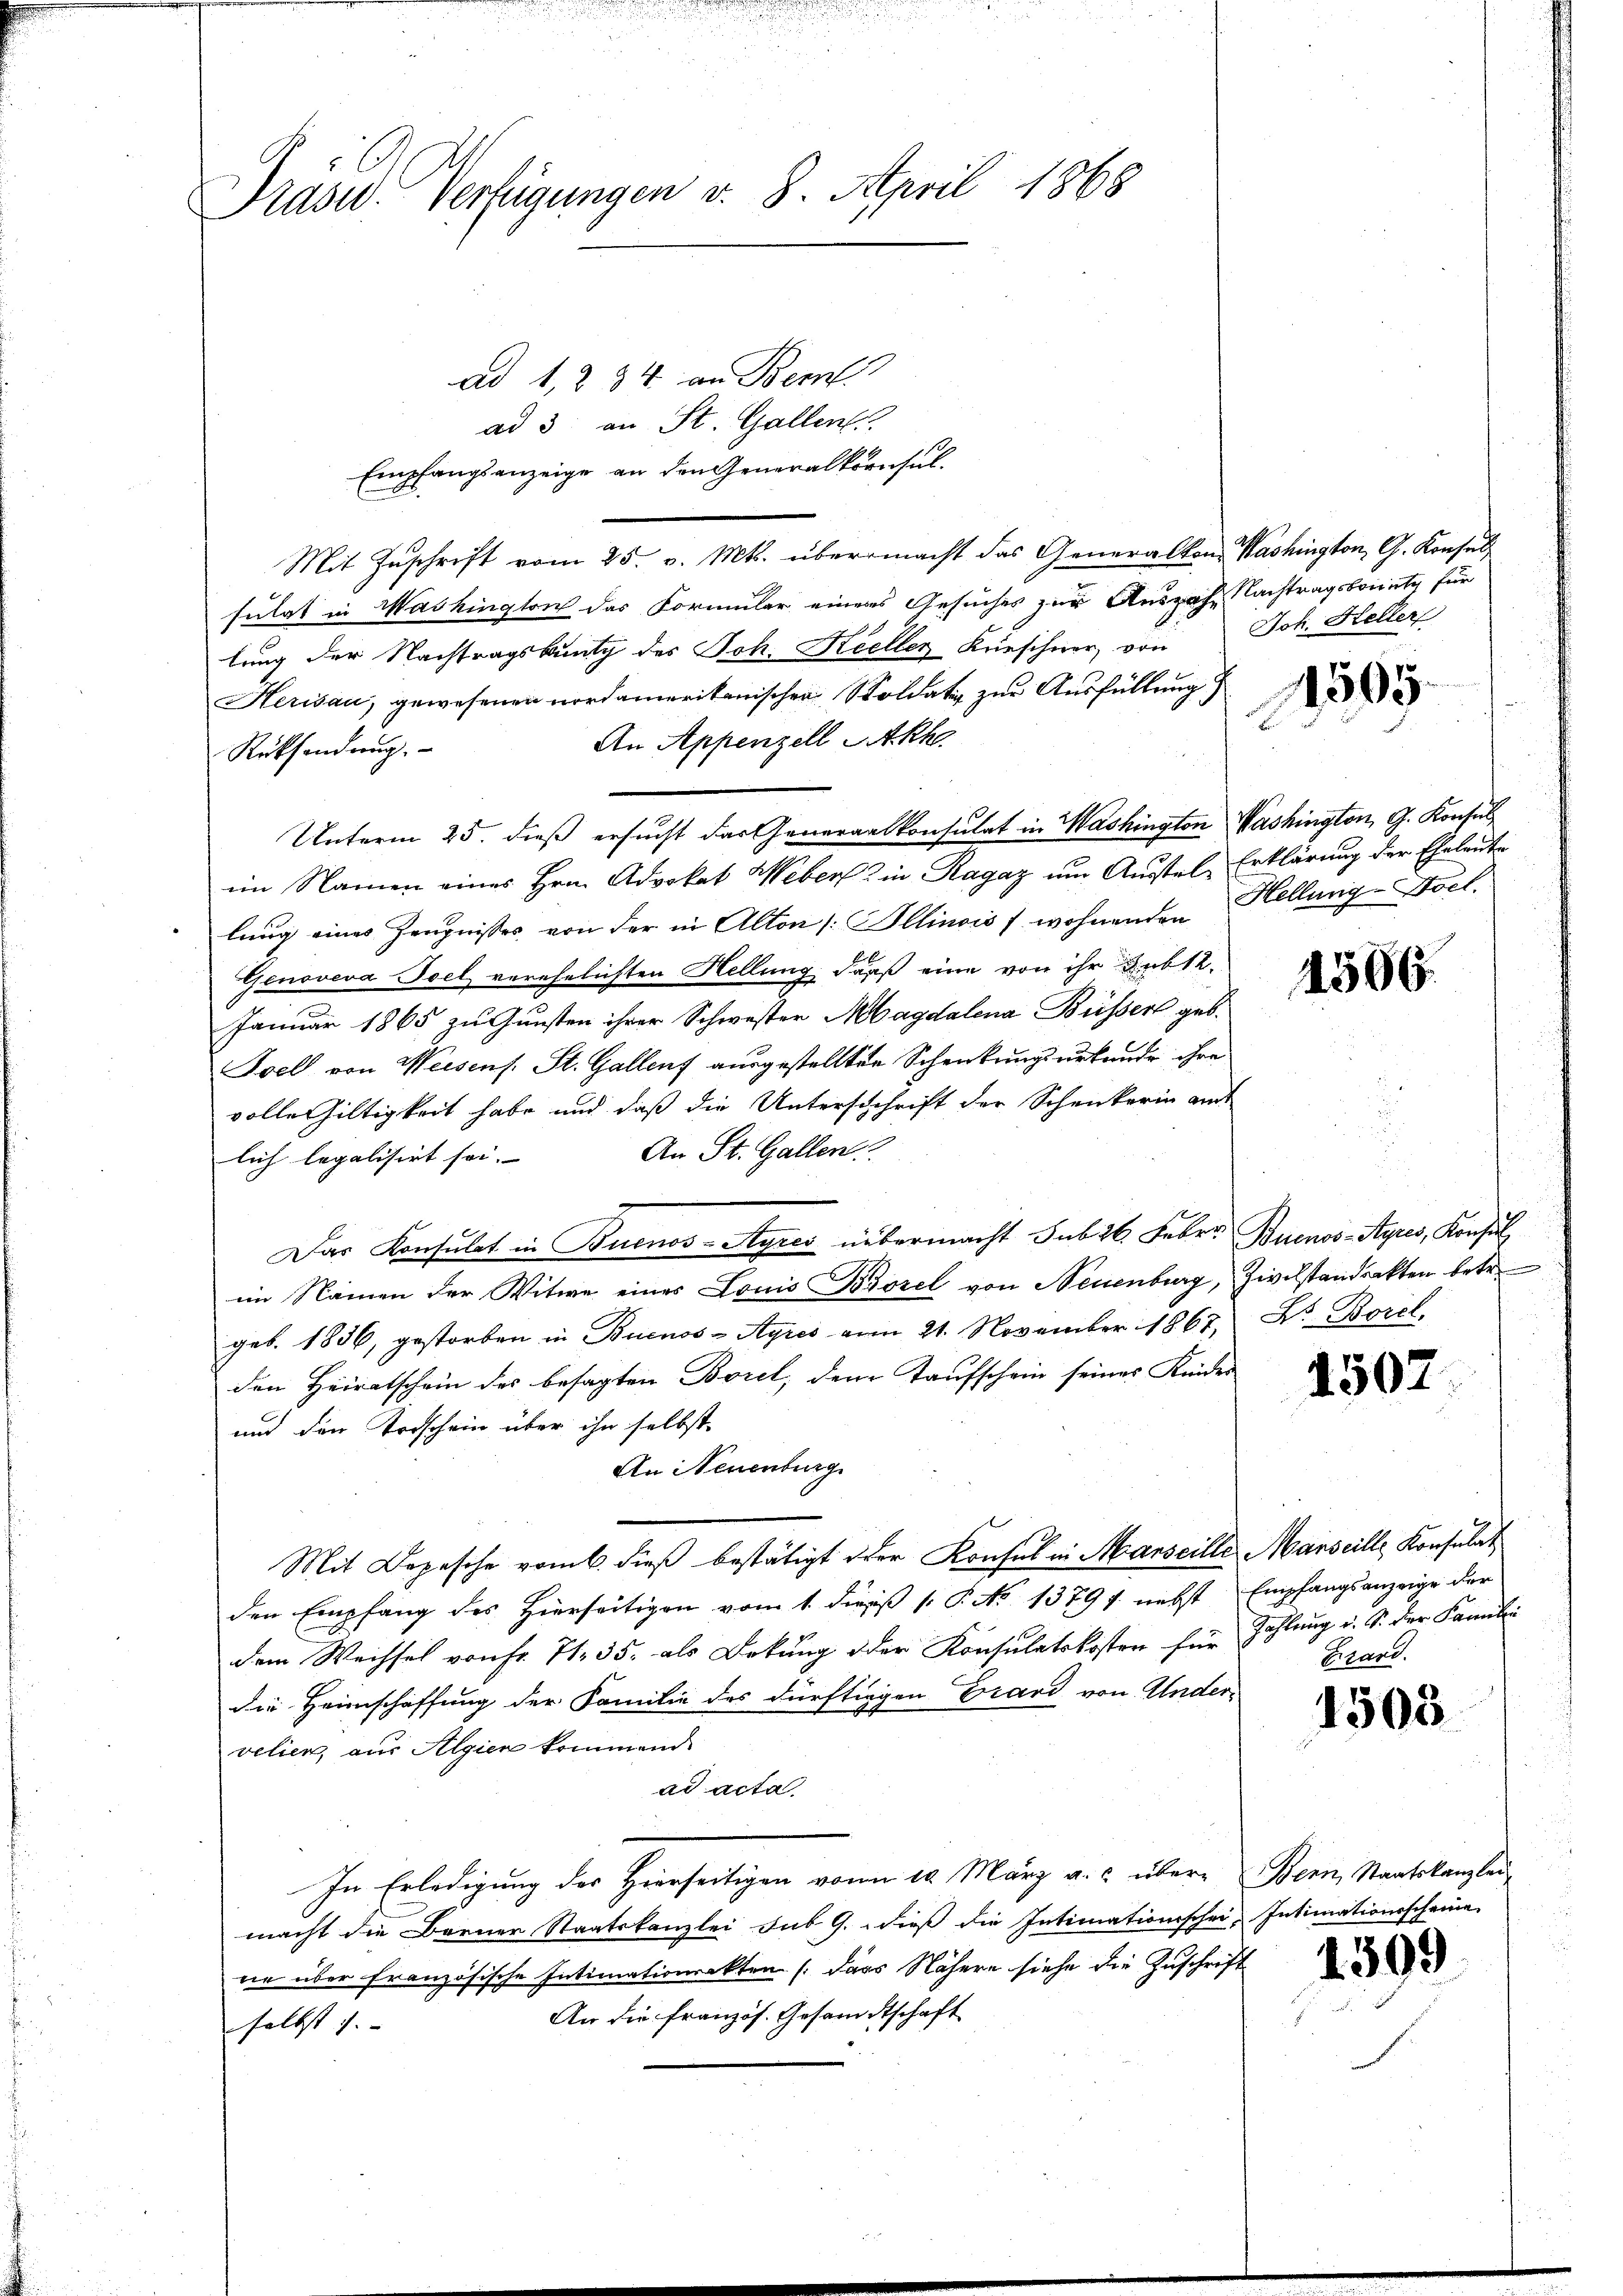
Präsid. Verfügungen d. 8. April 1868

ad 1, 234 an Bern
ad 3 an St. Gallen.
Empfangsanzeige an den Generalkonsul-
Mit Zuschrift vom 25. v. Mts. übermacht das Generalkon Washington, G. Konsul
sulat in Mashington das Formular einers Gesuches zur Auszahe Nachtragsbounty für
lung der Nachtragskuntz des Joh. Keeller Krieschner, von Joh. Heller
Herisau, gewesenen nordamerikanischen Soldate zur Ausfüllung)
An Appenzell Akh.
Rücksendung.
Unterm 25. dieß ersucht das Generalkonsulat in Washington Washington, G. Konsul
im Namen eines Hrn. Advokat Weber in Ragaz um Ausstel, Erklärung der Eheleute
lung eines Zeugnisses von der in Alton Illinois / wohnenden Hellung. Doct.
Genoveva-Toel verehelichten Hellung darf eine von ihr Lubte.
Januar 1865 zu Gunsten ihrer Schwester Magdalena Büsser geb.
Foel von Weisens. St. Gallenf ausgestellten Schenkungsurkunde ihre
volle iltigkeit habe und daß die Unterschrift der Schenkerin amt
An St. Gallen.
lich legalisirt sei.
Das Konsulat in Buenos-Ayres übermacht sub 26. Febrr. Buenos-Ayres, Konsul
im Namen der Witwe eines Louis Brösel von Neuenburg, Zivilstandsakten betr.
geb. 1836, gestorben in Buenos-Ayres am 21. November 1867, Dr. Borel,
den Heiratschein des besagten Borel, dem Taufschein seines Kindes
und den Todschein über ihn selbst
An Neuenburg
Mit Depesche vom 6. dieß bestätigt der Konsul in Marseille Marseille, Konsulat
den Empfang des Hierseitigen vom 1. dieß ( P. No 1379 f. nebst Empfangsanzeige der
dem Wechsel von Fr. 71. 35. als Dekung oder Konsulatskosten für Zahlung d. S. der Famili
die Heimschaffung der Familie des dürftiggen Grard von Andervelien, aus Algien kommend
ad acta
In Erledigung des Hierseitigen von 10. März a. c. über- Bern, Staatskanzlei-
macht die Berner Staatskanzlei sub 9. dieß die Intimationsschei- Intimationsscheine
ne über französische Intimationsakten (das Nähere siehe die Zuschrift
An die französ. Gesandtschaft
selbst. |

1505.

4506.

1507.

Girard.

1505

1399